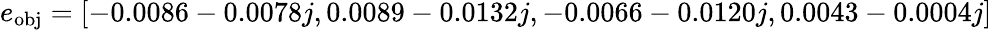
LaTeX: e_{\mathrm{obj}}=[-0.0086-0.0078j,0.0089-0.0132j,-0.0066-0.0120j,0.0043-0.0004j]